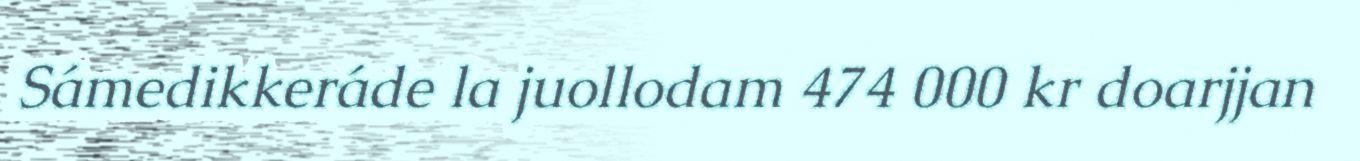
Sámedikkeráde la juollodam 474 000 kr doarjjan